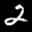
Label: 2